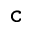
_ \texttt { c }